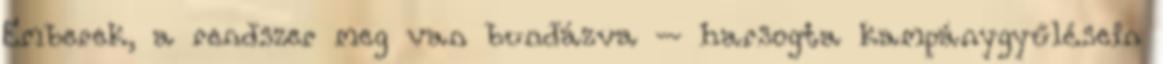
Emberek, a rendszer meg van bundázva – harsogta kampánygyűlésein